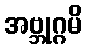
အဗ္ဘုဂ္ဂမိ